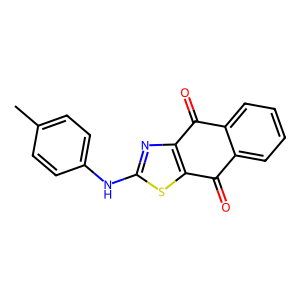
SMILES: Cc1ccc(Nc2nc3c(s2)C(=O)c2ccccc2C3=O)cc1
Inhibits HIV replication: No